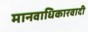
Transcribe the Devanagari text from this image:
मानवाधिकारवादी